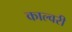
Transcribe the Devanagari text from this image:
काल्वरी